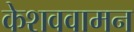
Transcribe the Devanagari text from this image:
केशववामन